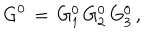
LaTeX: G ^ { 0 } \, = \, G _ { 1 } ^ { 0 } \, G _ { 2 } ^ { 0 } \, G _ { 3 } ^ { 0 } \, ,